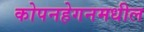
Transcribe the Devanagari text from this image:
कोपनहेगनमधील